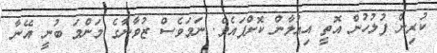
ކުރިން ފުލުހުން އޮތީ އިއުލާން ކޮށްފައެވެ. ނަމަވެސް ޒުވާނާގެ މަންމަ ބުނީ އޭނާ